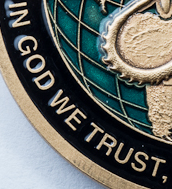
IN GOD WE TRUST,